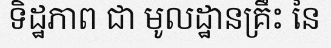
ទិដ្ឋភាព ជា មូលដ្ឋានគ្រឹះ នៃ